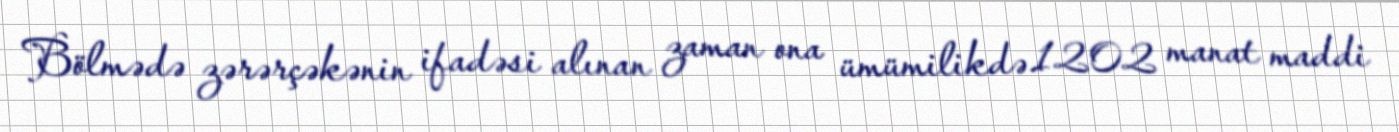
Bölmədə zərərçəkənin ifadəsi alınan zaman ona ümümilikdə 1202 manat maddi